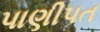
પાણીપત